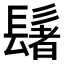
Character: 𫙀